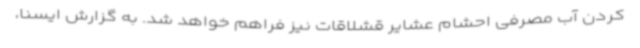
کردن آب مصرفی احشام عشایر قشلاقات نیز فراهم خواهد شد. به گزارش ایسنا،